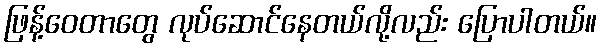
ဖြန့်ဝေတာတွေ လုပ်ဆောင်နေတယ်လို့လည်း ပြောပါတယ်။